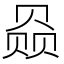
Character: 赑